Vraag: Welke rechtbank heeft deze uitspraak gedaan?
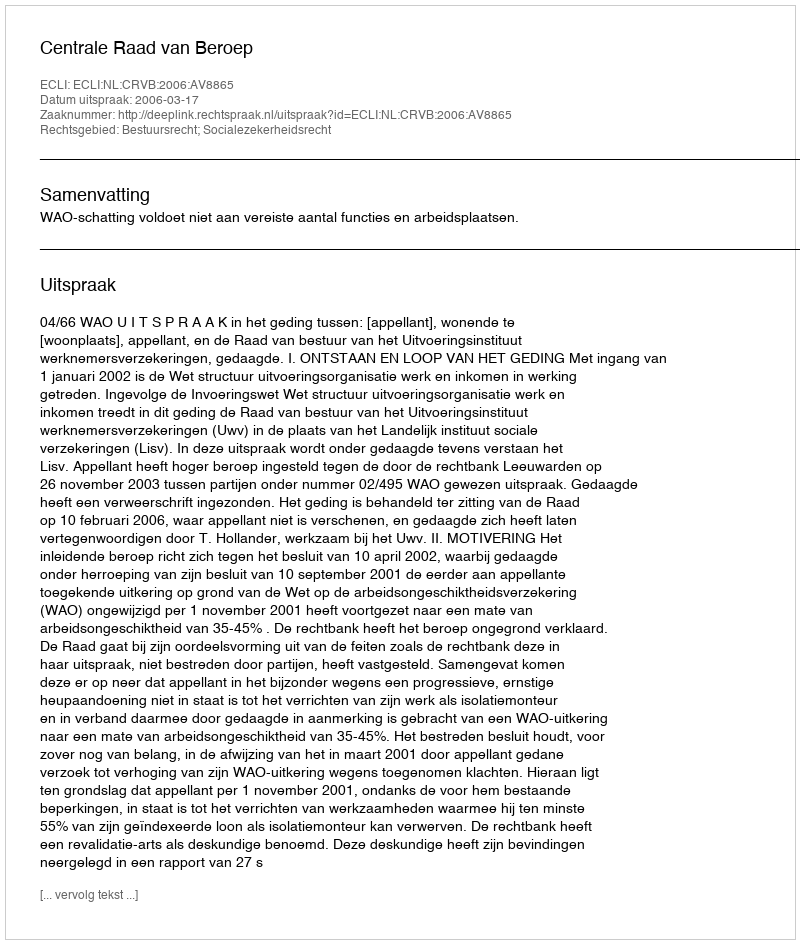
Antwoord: Centrale Raad van Beroep